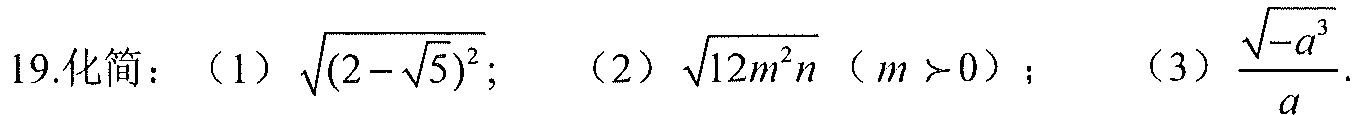
19.化简：（1）\(\sqrt{(2 - \sqrt{5})^{2}}\);  （2）\(\sqrt{12m^{2}n}\)（\(m > 0\)）;  （3）\(\frac{\sqrt{-a^{3}}}{a}\).